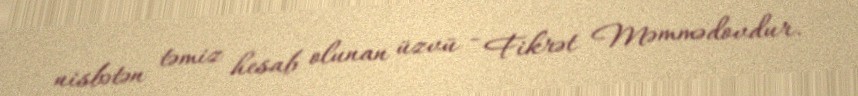
nisbətən təmiz hesab olunan üzvü - Fikrət Məmmədovdur.